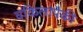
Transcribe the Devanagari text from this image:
वकिलांपैकी